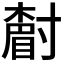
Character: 𡭌